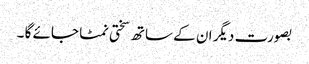
بصورت دیگر ان کے ساتھ سختی نمٹا جائے گا ۔